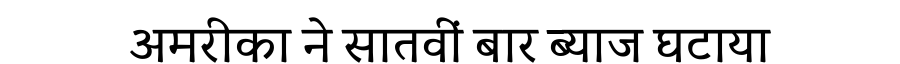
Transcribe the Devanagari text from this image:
अमरीका ने सातवीं बार ब्याज घटाया